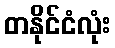
တနိုင်ငံလုံး